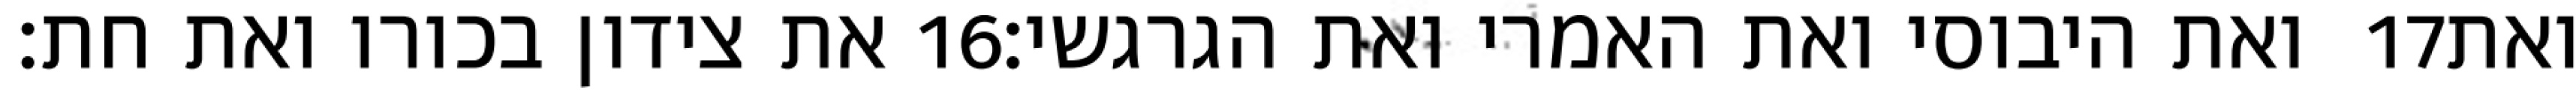
את צידון בכורו ואת חת׃ ‎16‏ ואת היבוסי ואת האמרי ואת הגרגשי׃ ‎17‏ ואת